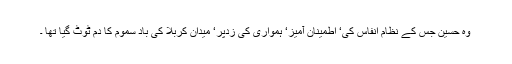
وہ حسین جس کے نظام انفاس کی‘ اطمینان آمیز‘ ہمواری کی زدپر‘ میدان کربلا کی باد سموم کا دم ٹوٹ گیا تھا ۔